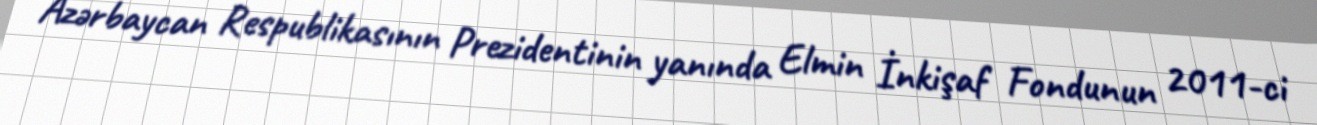
Azərbaycan Respublikasının Prezidentinin yanında Elmin İnkişaf Fondunun 2011-ci